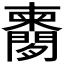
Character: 𬮔